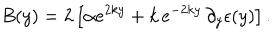
LaTeX: B ( y ) = 2 \left[ \alpha e ^ { 2 k y } + k \, e ^ { - 2 k y } \, \partial _ { y } \epsilon ( y ) \right] .